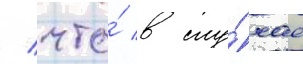
/ что́ в слу́чае